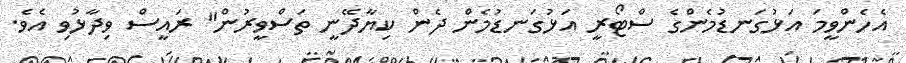
އެހެންވީމަ އަޅުގަނޑުމެންގެ ސްޓޯރީ އަޅުގަނޑުމެން ދެން ކިޔާދޭނީ ތަސްވީރުން" ރައީސް ވިދާޅުވި އެވެ.